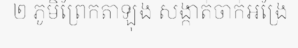
២ ភូមិព្រែកតាឡុង សង្កាត់ចាក់អង្រែ